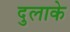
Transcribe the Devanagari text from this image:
दुलाके